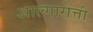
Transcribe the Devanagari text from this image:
आल्गारोत्ती